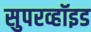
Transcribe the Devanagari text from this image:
सुपरव्हॉइड